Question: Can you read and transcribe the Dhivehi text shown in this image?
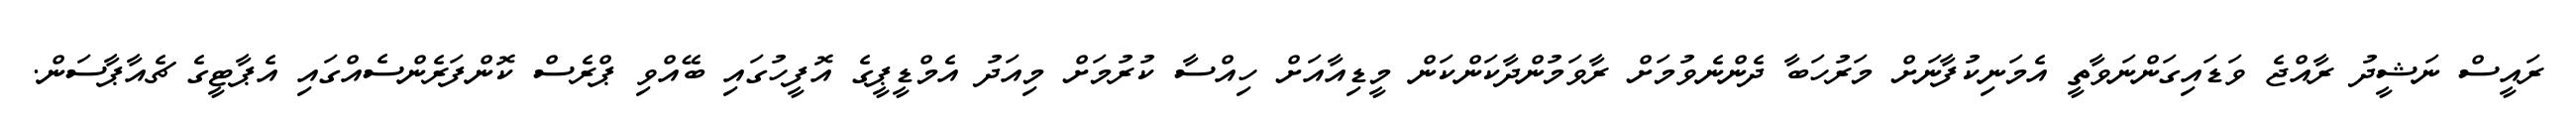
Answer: ރައީސް ނަޝީދު ރާއްޖެ ވަޑައިގަންނަވާތީ އެމަނިކުފާނަށް މަރުހަބާ ދެންނެވުމަށް ރާވަމުންދާކަންކަން މީޑިއާއަށް ހިއްސާ ކުރުމަށް މިއަދު އެމްޑީޕީގެ އޮފީހުގައި ބޭއްވި ޕްރެސް ކޮންފަރެންސެއްގައި އެޕާޓީގެ ޗެއާޕާސަން.